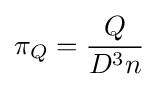
\pi _{Q}={\frac {Q}{D^{3}n}}